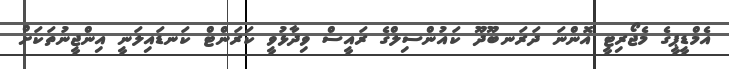
އެމްޑީޕީގެ މެޖޯރިޓީ އޮންނަ ދަރަނބޫދޫ ކައުންސިލްގެ ރައީސް ވިދާޅުވީ ކަރަންޓް ކަނޑައިލަނީ އިންޖީނުތަކަށް